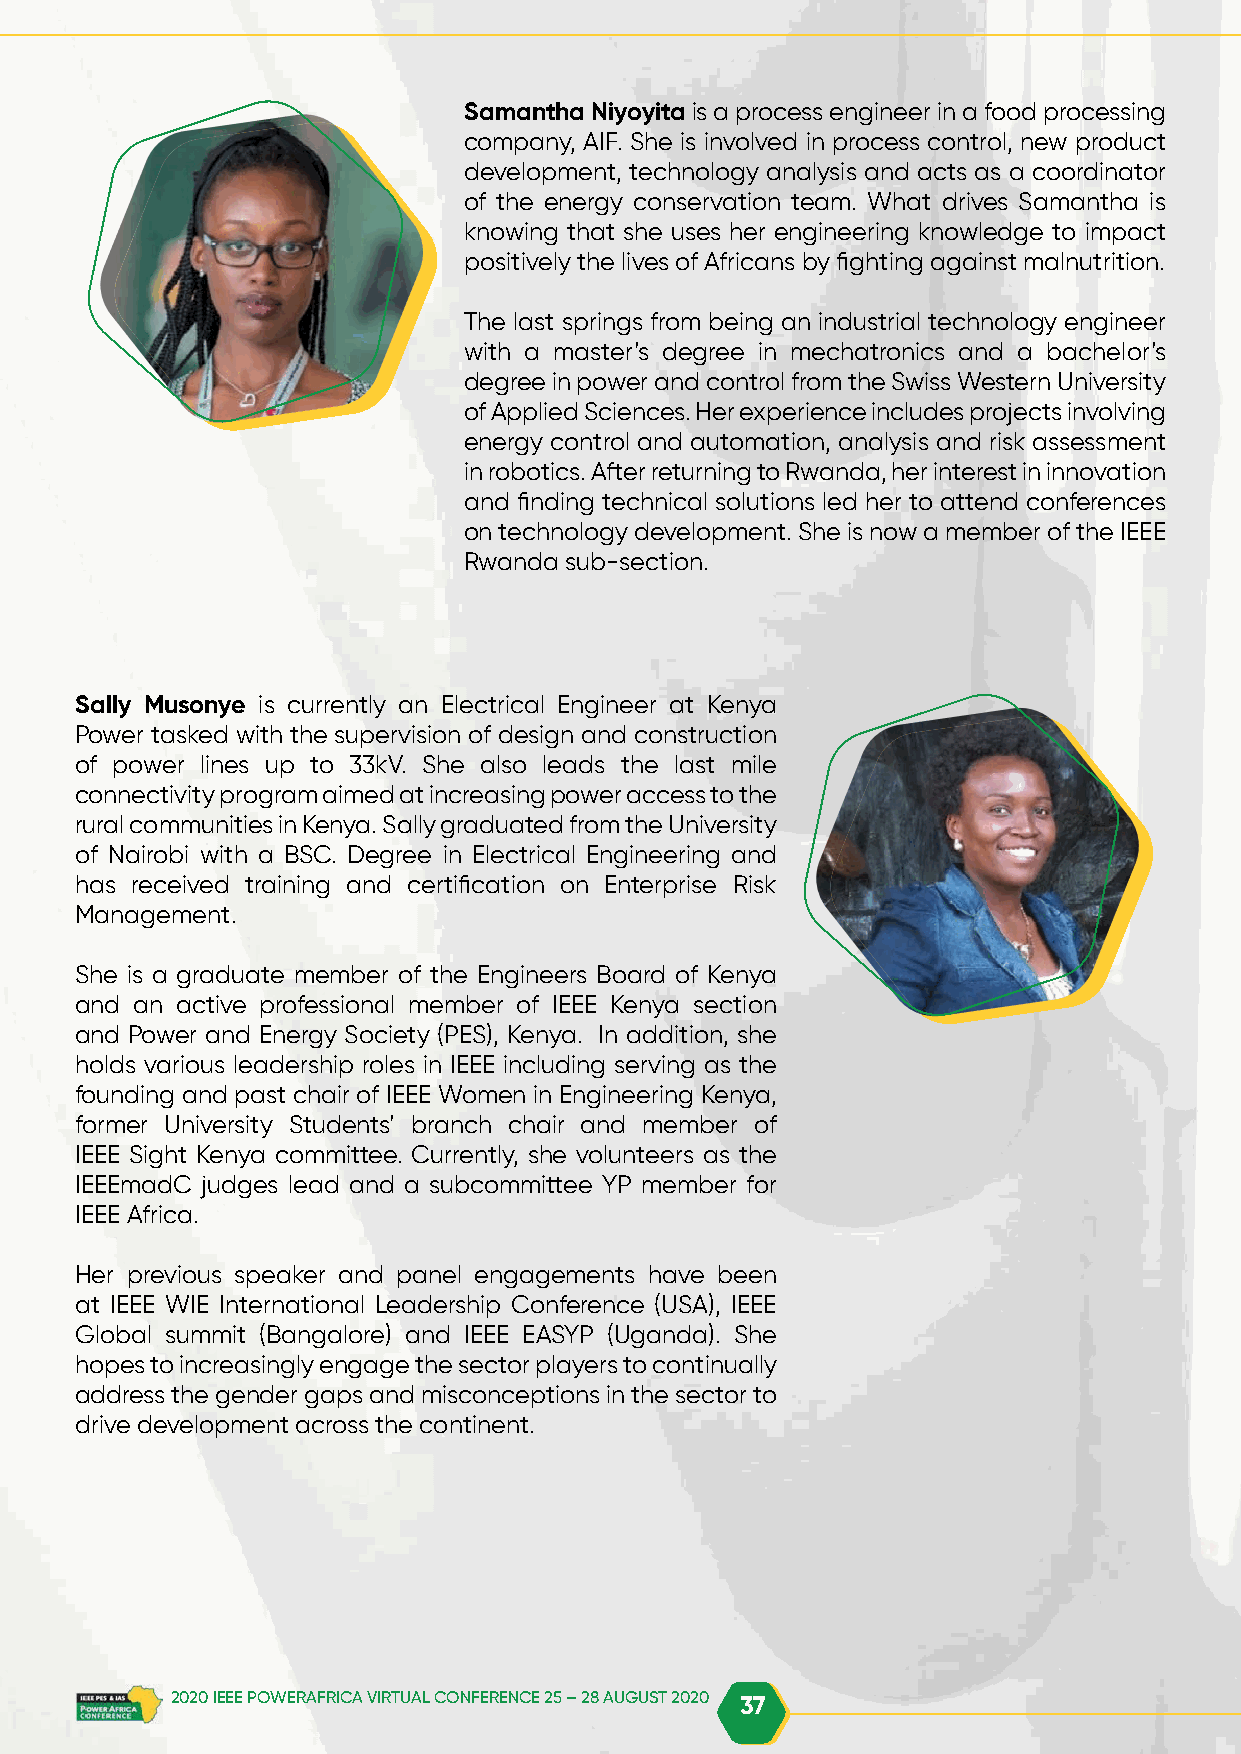
Samantha Niyoyita is a process engineer in a food processing
 company, AIF. She is involved in process control, new product
 development, technology analysis and acts as a coordinator
 of the energy conservation team. What drives Samantha is
 knowing that she uses her engineering knowledge to impact
 positively the lives of Africans by fighting against malnutrition.
 The last springs from being an industrial technology engineer
 with a master’s degree in mechatronics and a bachelor’s
 degree in power and control from the Swiss Western University
 of Applied Sciences. Her experience includes projects involving
 energy control and automation, analysis and risk assessment
 in robotics. After returning to Rwanda, her interest in innovation
 and finding technical solutions led her to attend conferences
 on technology development. She is now a member of the IEEE
 Rwanda sub-section.
 Sally Musonye is currently an Electrical Engineer at Kenya
 Power tasked with the supervision of design and construction
 of power lines up to 33kV. She also leads the last mile
 connectivity program aimed at increasing power access to the
 rural communities in Kenya. Sally graduated from the University
 of Nairobi with a BSC. Degree in Electrical Engineering and
 has received training and certification on Enterprise Risk
 Management.
 She is a graduate member of the Engineers Board of Kenya
 and an active professional member of IEEE Kenya section
 and Power and Energy Society (PES), Kenya. In addition, she
 holds various leadership roles in IEEE including serving as the
 founding and past chair of IEEE Women in Engineering Kenya,
 former University Students’ branch chair and member of
 IEEE Sight Kenya committee. Currently, she volunteers as the
 IEEEmadC judges lead and a subcommittee YP member for
 IEEE Africa.
 Her previous speaker and panel engagements have been
 at IEEE WIE International Leadership Conference (USA), IEEE
 Global summit (Bangalore) and IEEE EASYP (Uganda). She
 hopes to increasingly engage the sector players to continually
 address the gender gaps and misconceptions in the sector to
 drive development across the continent.
 2020 IEEE POWERAFRICA VIRTUAL CONFERENCE 25 – 28 AUGUST 2020 37